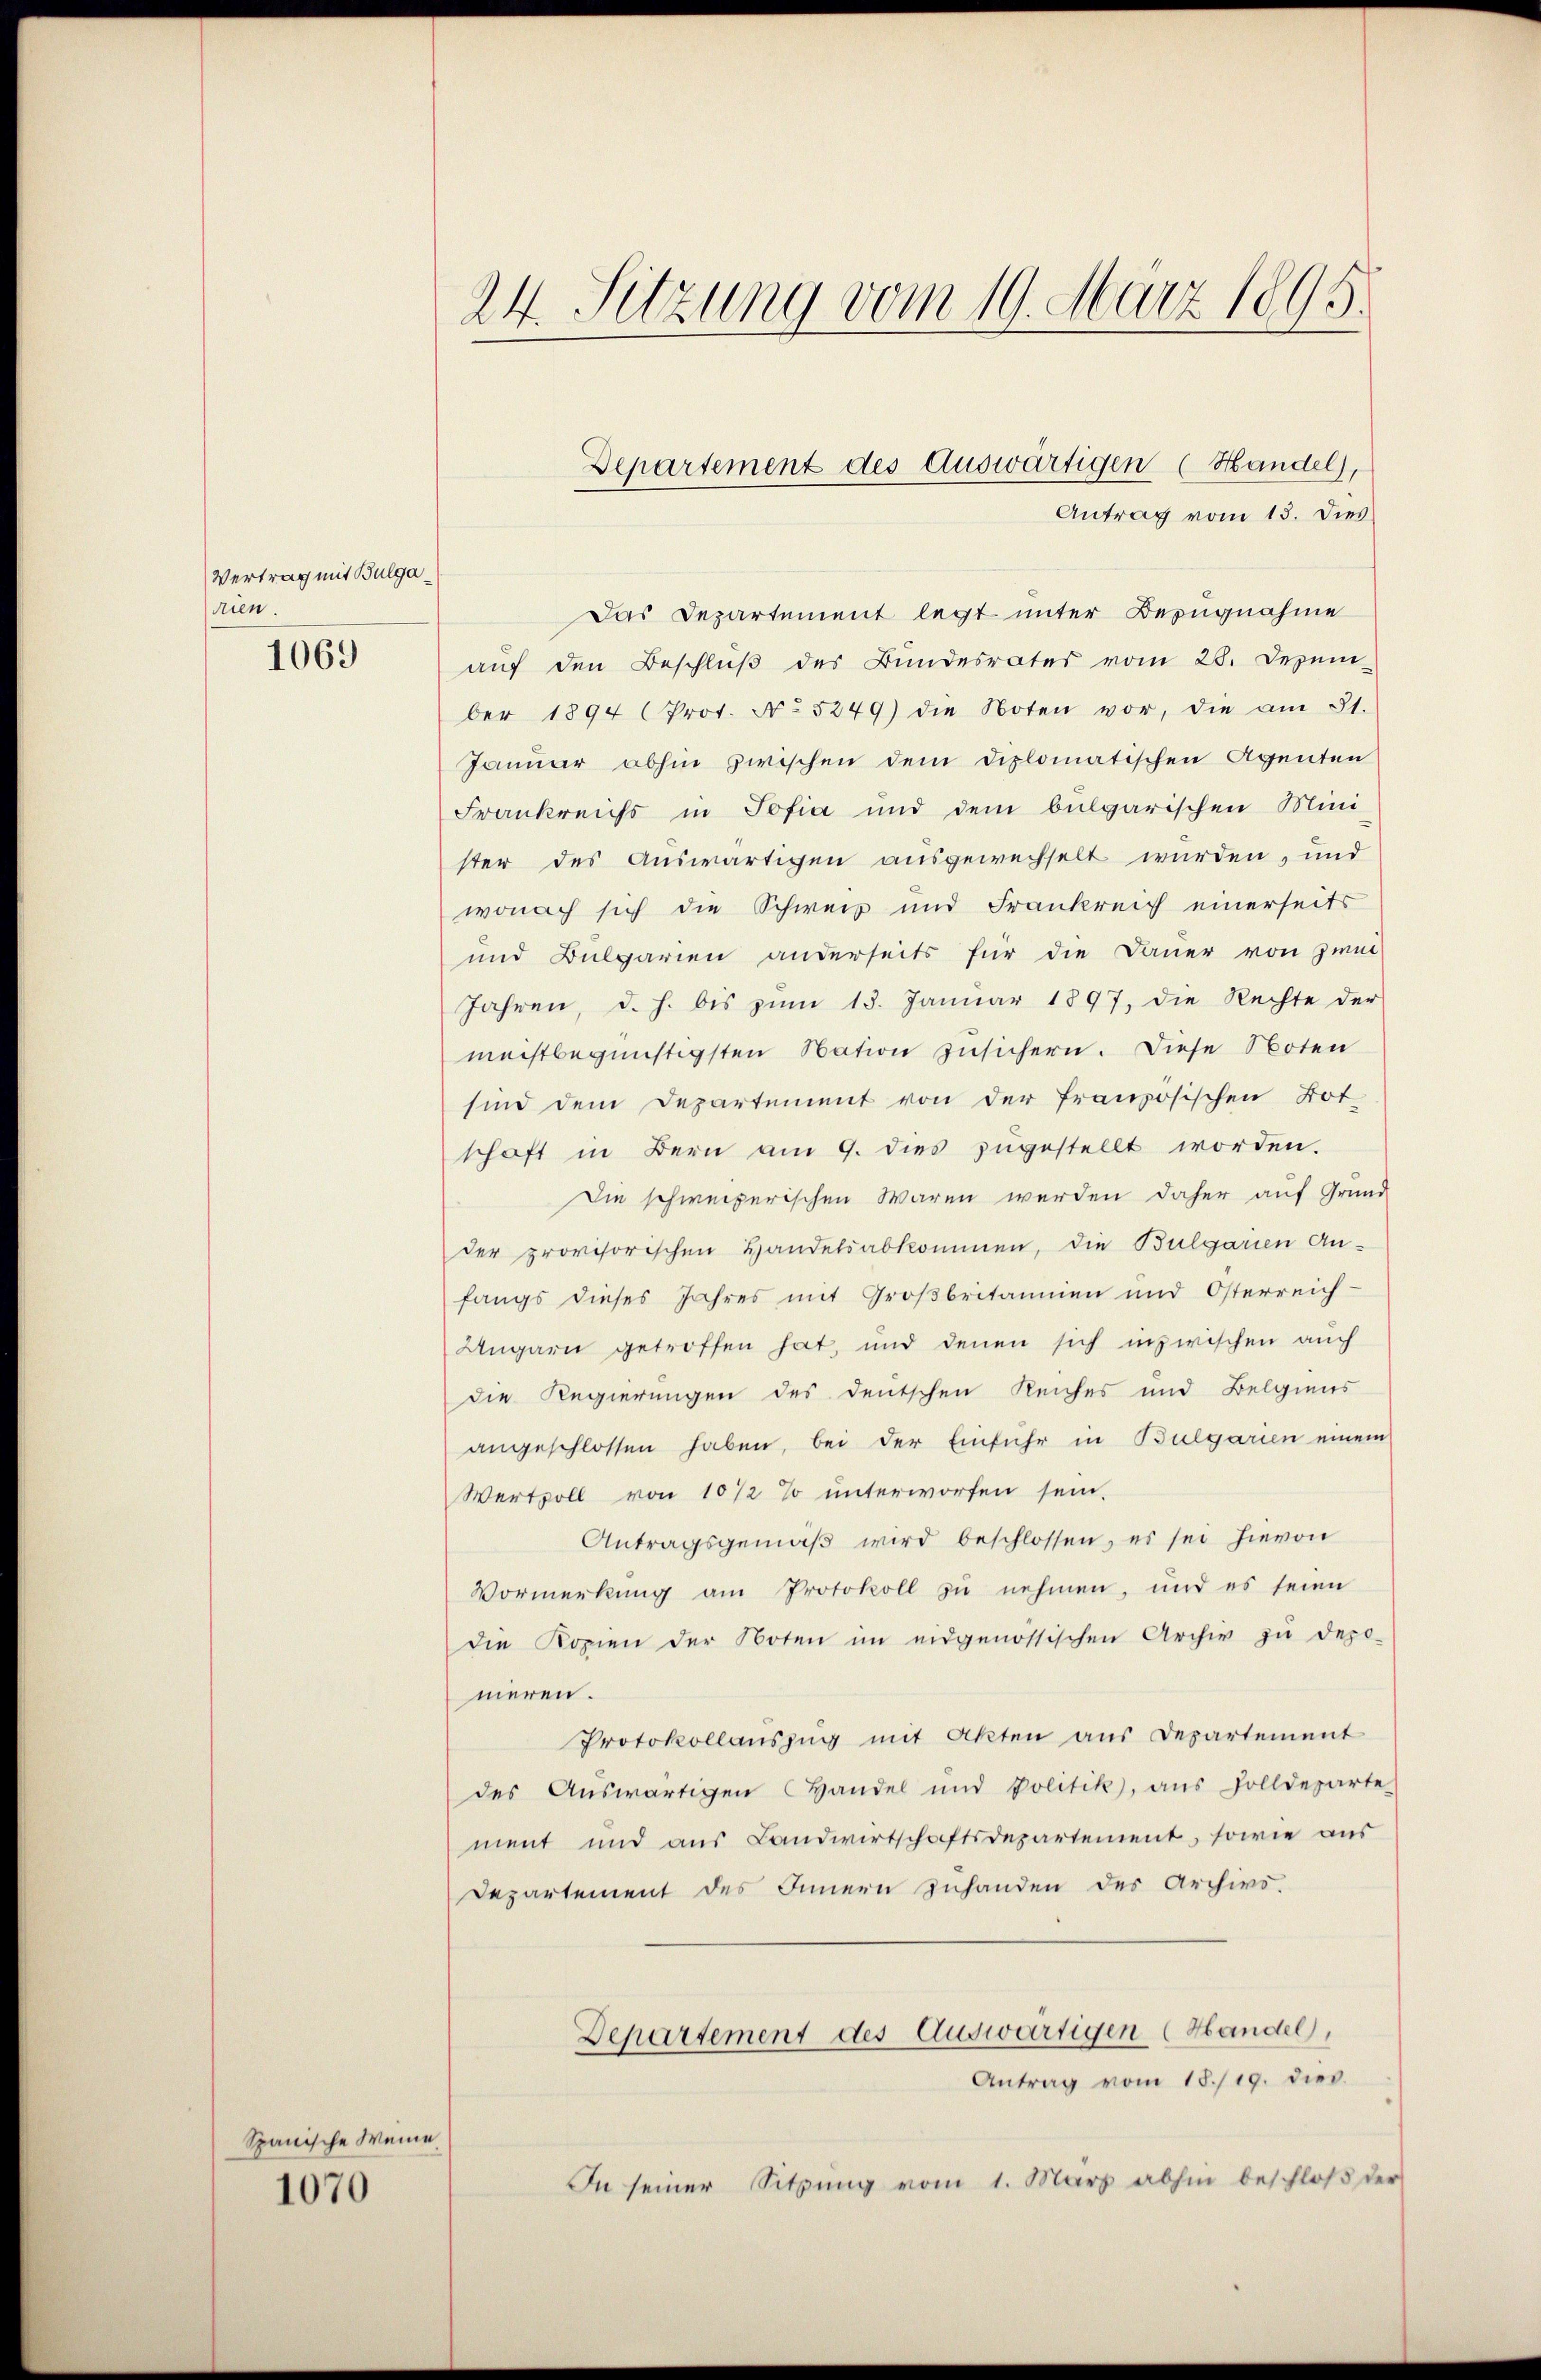
Vertrag mit Bulgaden.

1069

Spanische Weine.
1070

24. Sitzung vom 19. März 1895.

Antrag vom 13. Dies
Das Departement legt unter Bezugnahme
auf den Beschluß des Bundesrates vom 28. Dezem-
ber 1894 (Prot. No 5249) die Noten vor, die am 31.
Januar abhin zwischen dem diplomatischen Agenten
Frankreichs in Sofia und dem bulgarischen Mini-
ster des Auswärtigen ausgewechselt wurden, und
wonach sich die Schweiz und Frankreich einerseits
und Bulgarien anderseits für die Dauer von zwei
Jahren, d. h. bis zŭm 15. Januar 1897, die Rechte der
machtbegünstigsten Nation zusichern. Diese Noten
sind dem Departement von der französischen Bot
schaft in Bern am 9. dies zŭgestellt worden.
Die schweizerischen Waren werden daher auf Grund
der provisorischen Handelsabkommen, die Bulgarien An-
fangs dieses Jahres mit Großbritannien und Osterreich-
Ungarn getroffen hat, und denen sich inzwischen auch
die Regierungen des deutschen Reiches und Belgiens
angeschlossen haben, bei der Einfuhr in Bulgarien einem
Wertvoll von 10 1/2 % unterworfen sein.
Antragsgemäβ wird beschlossen, es sei hievon
Vormerkŭng am Protokoll zŭ nehmen, und es seien
die Kopien der Noten im eidgenössischen Archiv zŭ depo-
neren.
Protokollauszug mit Akten aus Departement
des Auswärtigen Handel und Politik, aŭs Zolldeparte
ment und aus Landwirtschaftsdepartement, sowie aus
Departement des Innern zuhanden des Archivo.
Departement des Auswärtigen (Handel,
Antrag vom 18./19. dies.
In seiner Sitzung vom 1. März abhin beschloß der

Departement des Auswärtigen (Handel),